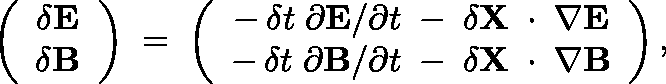
\left( \begin{array} { c } { \delta { \bf E } } \\ { \delta { \bf B } } \end{array} \right) \; = \; \left( \begin{array} { c } { - \, \delta t \; \partial { \bf E } / \partial t \; - \; \delta { \bf X } \, \mathrm { \boldmath ~ \cdot ~ } \, \nabla { \bf E } } \\ { - \, \delta t \; \partial { \bf B } / \partial t \; - \; \delta { \bf X } \, \mathrm { \boldmath ~ \cdot ~ } \, \nabla { \bf B } } \end{array} \right) ,